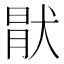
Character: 猒